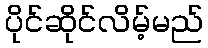
ပိုင်ဆိုင်လိမ့်မည်